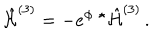
\hat { \cal H } ^ { ( 3 ) } = - e ^ { \phi } \ { } ^ { \star } \hat { \cal H } ^ { ( 3 ) } \, .